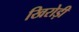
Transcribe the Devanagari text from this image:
खिरोड़ी